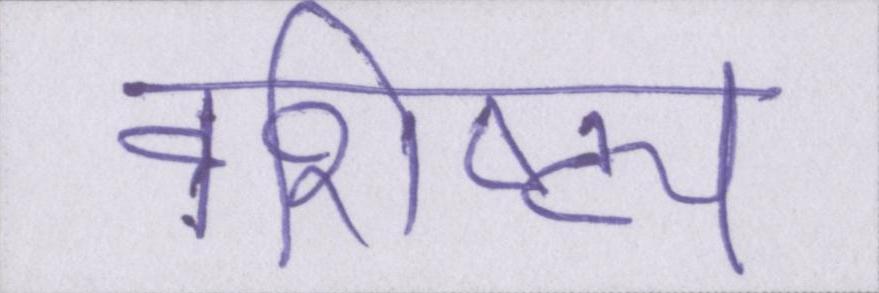
वैशिष्ट्य